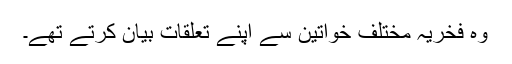
وہ فخریہ مختلف خواتین سے اپنے تعلقات بیان کرتے تھے۔